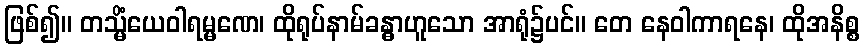
ဖြစ်၍။ တသ္မိံယေဝါရမ္မဏေ၊ ထိုရုပ်နာမ်ခန္ဓာဟူသော အာရုံ၌ပင်။ တေ နေဝါကာရနေ၊ ထိုအနိစ္စ